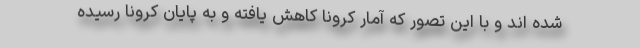
شده اند و با این تصور که آمار کرونا کاهش یافته و به پایان کرونا رسیده